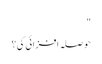
"
حوصلہ افزائی کی؟